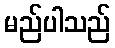
မည်ပါသည်